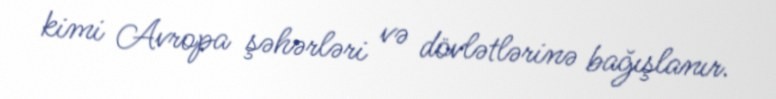
kimi Avropa şəhərləri və dövlətlərinə bağışlanır.